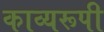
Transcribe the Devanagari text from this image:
काव्यरूपी